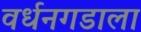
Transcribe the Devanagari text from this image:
वर्धनगडाला